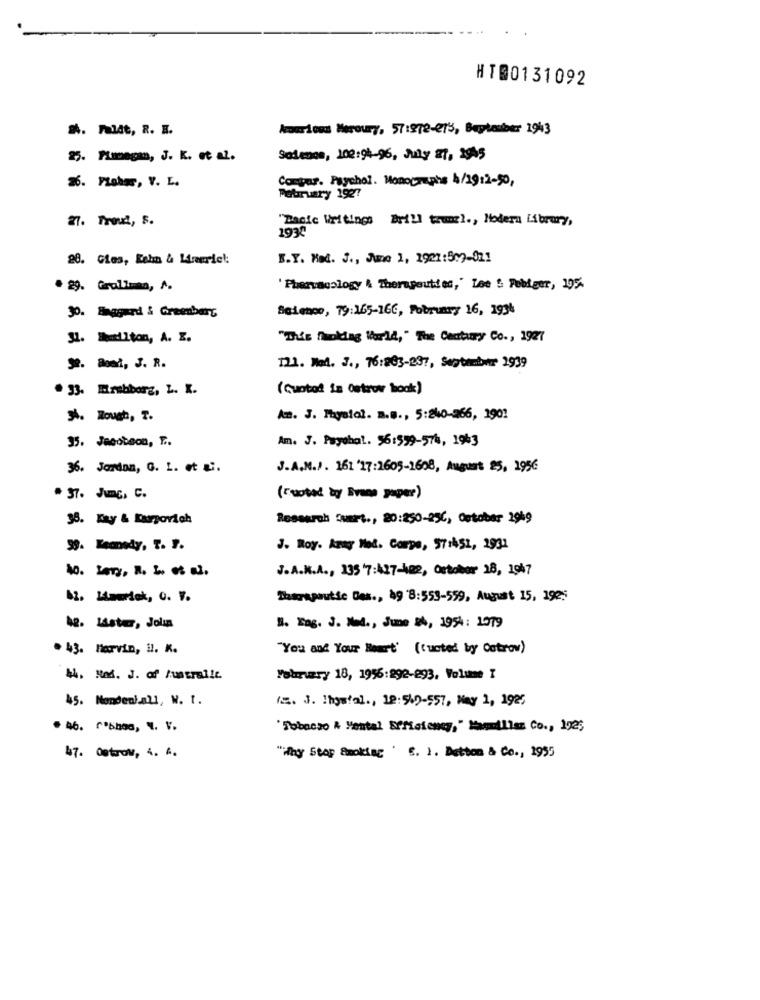
HT@0131092
. Faldt, R. E.
Amarlous Mercury, 57:378-273, Bayteuber 1943
25. Mimegan, J. K. et al.
Salmon, 100:94-96, July 27, 1945
26. Fisher, V. L.
Compur. Psychol. Monographs 4/19:2-50,
February 1927
21. Trout, s.
"Bacie Writing: Brill trungl ., Modern Library,
1937
20. Glas, Kehn & Leriet
B.Y. Mal. J ., June 1, 1921:599-021
. 29. Gralima, A.
' Phervagalogy & Therapeuti ef," Lee & Febiger, 195-
30. Enagard & Greenbars
Science, 79:165-166, Pobrunry 16, 1934
31. Builton, A. E.
"This fhwoking World," The Century Co ., 1927
32. Boei, J. R.
T21. Nel. J ., 76:263-297, September 1939
. 33. Mrsbborg, L. K.
(Quotod in Ostrow hook)
3. Rough, T.
A. J. Physiol. B.B ., 5:240-266, 1901
Am. J. Payebal. 56:599-574, 1943
35. Jacobson, F ..
36. Jordan, G. I. et al.
J.A.M.P. 161 '17:2605-1608, August 25, 1956
. 37. Jump, C.
(Cuotad by Svans paper)
38. Kay & Durpovich
Research Duart ., 20:250-25℃, October 2949
99. Kennedy. T. F.
J. Roy. Aray Med. Corpo, 57:451, 2931
J.A.K.A ., 135'7:427-422, Ortobor 18, 1947
12. Lawrdek, C. V.
Therapeutic Des ., 49 8:553-559, August 15, 1925;
N. Fag. J. Med ., June #4, 1954: 1079
42. Mistr, Jolun
. 43. Harvin, il. K.
"You and Your Heart' (custed by Ostrow)
44. Nad. J. of Australie.
Yourruzry 18, 1956:292-293, Volume I
45. Nondeni.all, W. t.
(S. J. Ingatal ., 19: 540-557, May 1, 1925
. 46. ""bhos, N. V.
"Tobacco A Mental Efficiency," Namillas Co ., 192;
"ilhy Stop Smoking ' S. 1. Detton & Co ., 1955
47. Ostrow, 4. A.